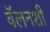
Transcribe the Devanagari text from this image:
वॅलनशी